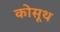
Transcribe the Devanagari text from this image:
कोसूथ